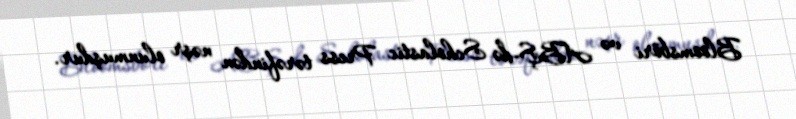
Bloomsböri və ABŞ-də Scholastic Press tərəfindən nəşr olunmuşdur.